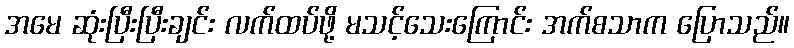
အမေ ဆုံးပြီးပြီးချင်း လက်ထပ်ဖို့ မသင့်သေးကြောင်း အက်စသာက ပြောသည်။